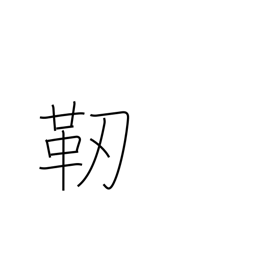
Meaning: quiver